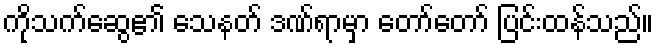
ကိုသက်ဆွေ၏ သေနတ် ဒဏ်ရာမှာ တော်တော် ပြင်းထန်သည်။